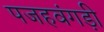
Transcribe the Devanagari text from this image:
पजहवंगड़ी